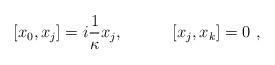
LaTeX: \begin{align*}\lbrack x_{0},x_{j}]=i {1 \over \kappa} x_{j},\qquad \quad \lbrack x_{j},x_{k}]=0~,\end{align*}